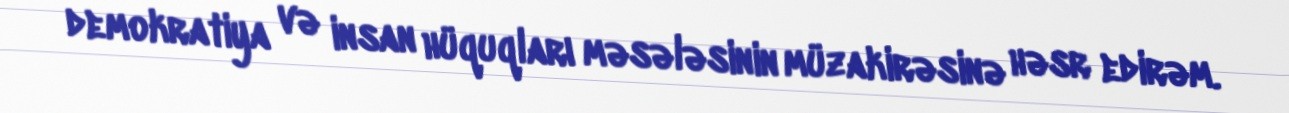
demokratiya və insan hüquqları məsələsinin müzakirəsinə həsr edirəm.